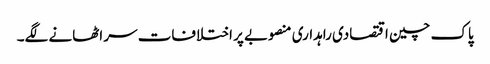
پاک چین اقتصادی راہداری منصوبے پر اختلافات سر اٹھانے لگے۔